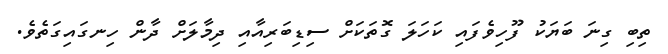
ތިބި ގިނަ ބަޔަކު ފޫހިވެފައި ކަހަލަ ގޮތަކަށް ސިޑިބަރިއާއި ދިމާލަށް ދާން ހިނގައިގަތެވެ.